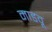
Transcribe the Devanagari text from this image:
माडवू